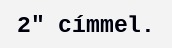
2" címmel.